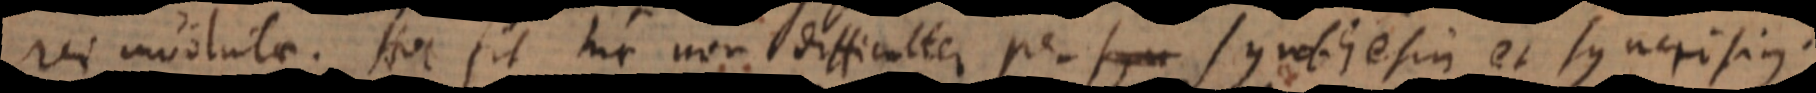
i involutae. Hoc fit hic non difficulter per synthesin et syncrisin.